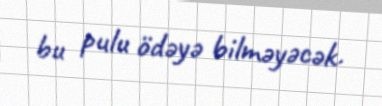
bu pulu ödəyə bilməyəcək.